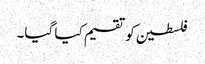
فلسطین کو تقسیم کیا گیا۔